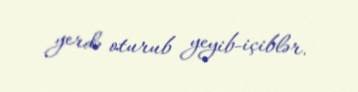
yerdə oturub yeyib-içiblər.